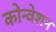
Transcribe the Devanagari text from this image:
कोन्वेशन